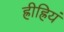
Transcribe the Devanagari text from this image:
ह्रीह्रियं